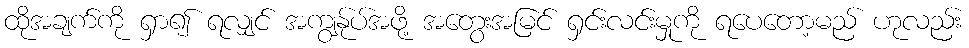
ထိုအချက်ကို ရှာ၍ ရလျှင် အကျွန်ုပ်အဖို့ အတွေးအမြင် ရှင်းလင်းမှုကို ရပေတော့မည် ဟုလည်း